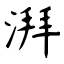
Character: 湃